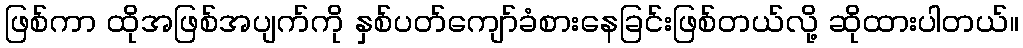
ဖြစ်ကာ ထိုအဖြစ်အပျက်ကို နှစ်ပတ်ကျော်ခံစားနေခြင်းဖြစ်တယ်လို့ ဆိုထားပါတယ်။